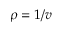
\rho = 1 / v